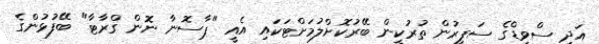
އަދި ސްވިޑްގެ ސަފީރުން ތުރުކީން ބޭރުކޮށްލުމަށްޓަކައި އެއީ "ޕާސޮނާ ނޮން ގްރާޓާ" ބޭފުޅުންގެ